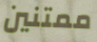
ممتنين